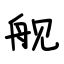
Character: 舰